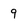
Character: 9